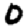
Digit: 0